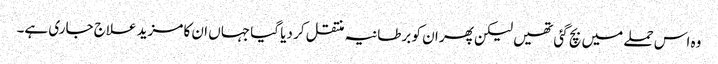
وہ اس حملے میں بچ گئی تھیں لیکن پھر ان کو برطانیہ منتقل کر دیا گیا جہاں ان کا مزید علاج جاری ہے۔